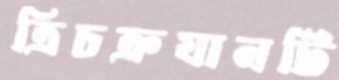
ত্রিচক্রযানটি